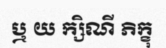
ឬ យ ក្សិណី ភិក្ខុ